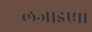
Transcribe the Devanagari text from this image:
लजाइए।।